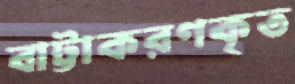
বাট্টাকরণকৃত